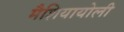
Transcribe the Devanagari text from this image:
मैशियायोली